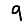
Digit: 9